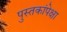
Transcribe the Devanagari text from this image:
पुस्तकांपेक्षा